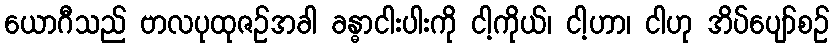
ယောဂီသည် ဗာလပုထုဇဉ်အခါ ခန္ဓာငါးပါးကို ငါ့ကိုယ်၊ ငါ့ဟာ၊ ငါဟု အိပ်ပျော်စဉ်